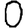
Digit: 0